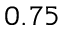
0 . 7 5